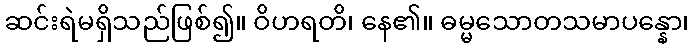
ဆင်းရဲမရှိသည်ဖြစ်၍။ ဝိဟရတိ၊ နေ၏။ ဓမ္မသောတသမာပန္နော၊